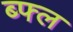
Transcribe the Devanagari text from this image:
ब्फ्ल